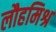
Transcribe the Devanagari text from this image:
लौहमिश्र